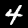
Label: 4